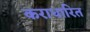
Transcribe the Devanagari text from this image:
कराधारित